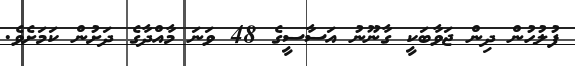
ފުލުހުން ދިން ޖަވާބަކީ ގާނޫނު އަސާސީގެ 48 ވަނަ މާއްދާގެ ދަށުން ކަމަށެވެ.